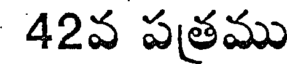
42వ పత్రము